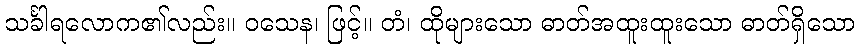
သင်္ခါရလောက၏လည်း။ ဝသေန၊ ဖြင့်။ တံ၊ ထိုများသော ဓာတ်အထူးထူးသော ဓာတ်ရှိသော